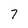
Character: 7